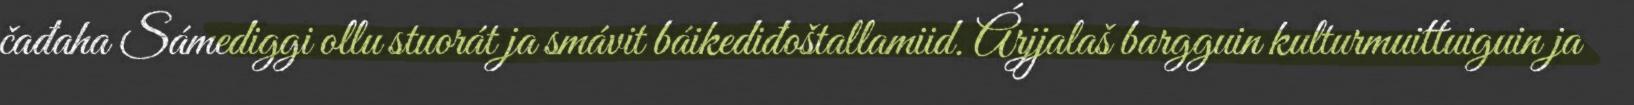
čađaha Sámediggi ollu stuorát ja smávit báikediđoštallamiid. Árjjalaš bargguin kulturmuittuiguin ja